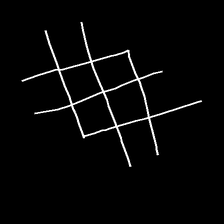
Glyph: crystal